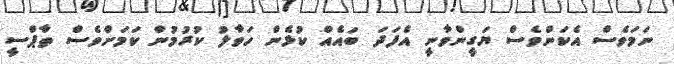
ނަމަވެސް އެކަންވެސް ޔަގީންވާނީ އެފަދަ ބައެއް ކުޅެން ހަވާލު ކުރުމުން ކަމަށްވެސް ތާޕްސީ